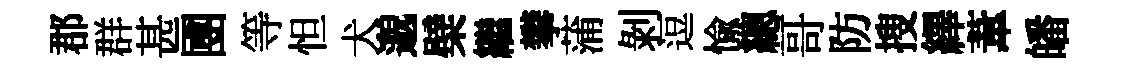
郡群甚圑等怛犬邈檗繼攀蒲剝逗愉總哥防搜繹葦皤